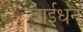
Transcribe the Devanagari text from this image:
वाईधन